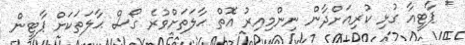
* ޕާޓީއާ ގުޅި ކުރިއަށްދާން ނިންމިއިރު އޮތް ޙާލަތަށްވުރެ ގޯސް ޙާލަތަކަށް ޕާޓީން